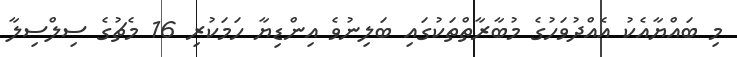
މި ބައްޔާއެކު އެއްދުވަހުގެ މުބާރާތްތަކުގައި ބަލިނުވެ އިންޑިޔާ ހަމަކުރި 16 މެޗުގެ ސިލްސިލާ